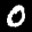
Label: 0